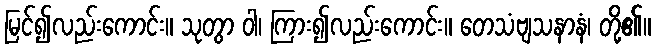
မြင်၍လည်းကောင်း။ သုတွာ ဝါ၊ ကြား၍လည်းကောင်း။ တေသံဗျသနာနံ၊ တို့၏။